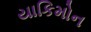
યાકિમોન